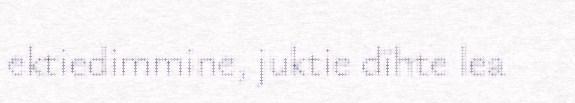
ektiedimmine, juktie dïhte lea